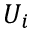
U _ { i }